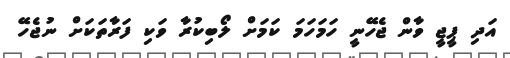
އަދި ޕީޖީ ވާން ޖެހޭނީ ހަމަހަމަ ކަމަށް ލޯބިކުރާ ވަކި ފަރާތަކަށް ނުޖެހޭ